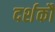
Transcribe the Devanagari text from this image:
दर्शकौं